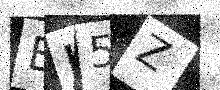
Text: EL5Z